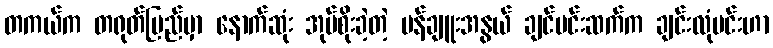
တကယ်က တရုတ်ပြည်မှာ နောက်ဆုံး အုပ်စိုးခဲ့တဲ့ မန်ချူးအနွယ် ချင်မင်းဆက်က ချင်းလုံမင်းဟာ